Problem: 3 × 7 = ?
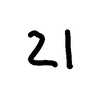
Handwritten answer: 21